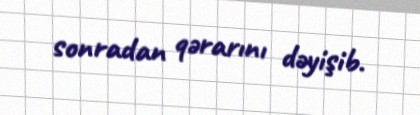
sonradan qərarını dəyişib.